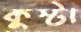
কুস্টা